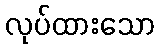
လုပ်ထားသော